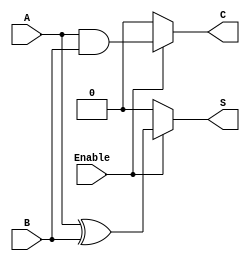
module conditional_half_adder (
    input wire A,        // First binary input
    input wire B,        // Second binary input
    input wire Enable,   // Control signal
    output wire S,       // Sum output
    output wire C        // Carry output
);

    // Combinational logic for sum and carry
    assign S = Enable ? (A ^ B) : 1'b0; // Sum is A XOR B if Enable is high, else 0
    assign C = Enable ? (A & B) : 1'b0; // Carry is A AND B if Enable is high, else 0

endmodule